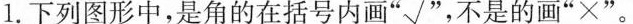
.下列图形中，是角的在括号内画”√”，不是的画”×”。